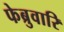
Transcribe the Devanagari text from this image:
फेब्रुवारि